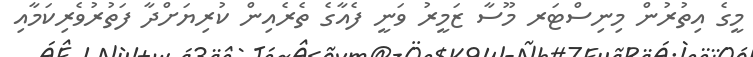
މީގެ އިތުރުން މިނިސްޓަރ މޫސާ ޒަމީރު ވަނީ ފެއާގެ ތެރެއިން ކުރިޔަށްދާ ފަތުރުވެރިކަމާއި